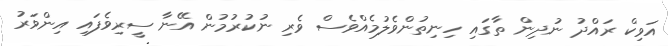
އަވިކް ރައްދު ނުދިން ތާގައި ހިނިތުންވެލުމެއްވެސް ވެރި ނުކުރުމުން އޭނާ ސީރިވެފައި އިންވަރު